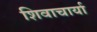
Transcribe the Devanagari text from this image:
शिवाचार्या